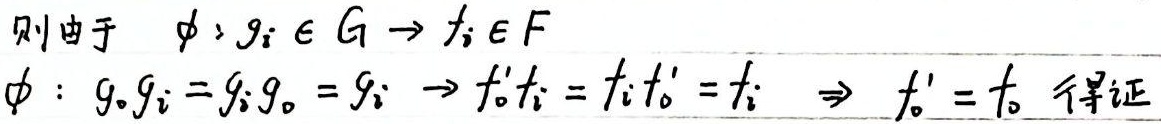
则由于 \(\phi: g_{i} \in G \to f_{i} \in F\)，\(\phi: g_{o}g_{i} = g_{i}g_{o} = g_{i} \to f_{o}'f_{i} = f_{i}f_{o}' = f_{i} \Rightarrow f_{o}' = f_{o}\) 得证